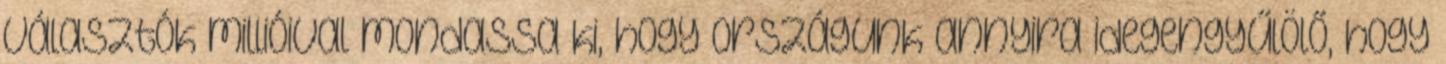
választók millióival mondassa ki, hogy országunk annyira idegengyűlölő, hogy